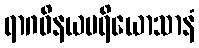
ရာဂဝိနယပရိယောသာနံ